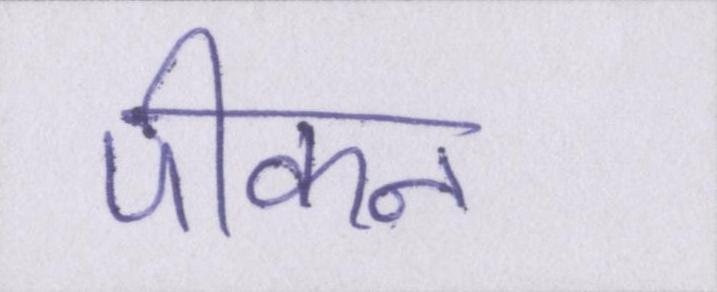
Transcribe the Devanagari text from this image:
पीकन